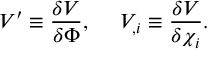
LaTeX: V ^ { \prime } \equiv \frac { \delta V } { \delta \Phi } , \ \ \ \ V _ { , i } \equiv \frac { \delta V } { \delta \chi _ { i } } .